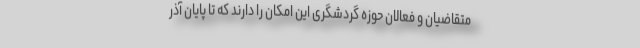
متقاضیان و فعالان حوزه گردشگری این امکان را دارند که تا پایان آذر